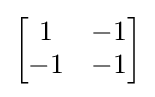
{\begin{bmatrix}1&-1\\-1&-1\end{bmatrix}}